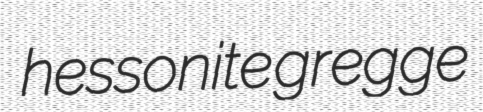
hessonite gregge